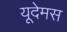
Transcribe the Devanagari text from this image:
यूदेमस